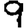
Digit: 9